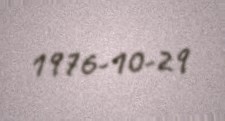
1976-10-29